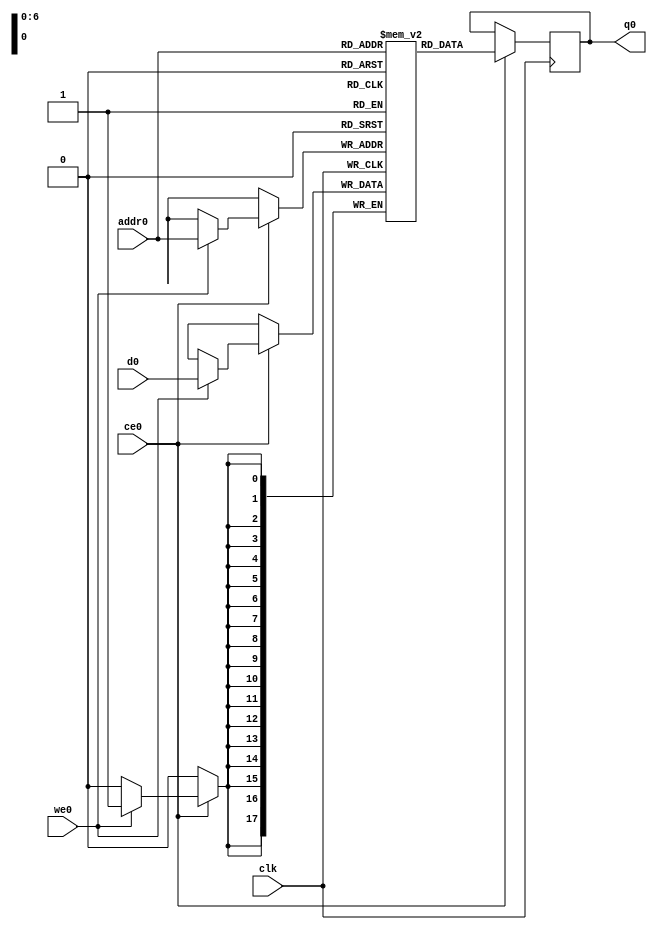
// ==============================================================
// Vivado(TM) HLS - High-Level Synthesis from C, C++ and SystemC v2019.2 (64-bit)
// Copyright 1986-2019 Xilinx, Inc. All Rights Reserved.
// ==============================================================
`timescale 1 ns / 1 ps
module cnnshift_arr_ap_fixed_ap_fixed_18_8_5_3_0_config7_s_tmpinhbi_ram (addr0, ce0, d0, we0, q0,  clk);

parameter DWIDTH = 18;
parameter AWIDTH = 7;
parameter MEM_SIZE = 96;

input[AWIDTH-1:0] addr0;
input ce0;
input[DWIDTH-1:0] d0;
input we0;
output reg[DWIDTH-1:0] q0;
input clk;

(* ram_style = "block" *)reg [DWIDTH-1:0] ram[0:MEM_SIZE-1];




always @(posedge clk)  
begin 
    if (ce0) begin
        if (we0) 
            ram[addr0] <= d0; 
        q0 <= ram[addr0];
    end
end


endmodule

`timescale 1 ns / 1 ps
module cnnshift_arr_ap_fixed_ap_fixed_18_8_5_3_0_config7_s_tmpinhbi(
    reset,
    clk,
    address0,
    ce0,
    we0,
    d0,
    q0);

parameter DataWidth = 32'd18;
parameter AddressRange = 32'd96;
parameter AddressWidth = 32'd7;
input reset;
input clk;
input[AddressWidth - 1:0] address0;
input ce0;
input we0;
input[DataWidth - 1:0] d0;
output[DataWidth - 1:0] q0;



cnnshift_arr_ap_fixed_ap_fixed_18_8_5_3_0_config7_s_tmpinhbi_ram cnnshift_arr_ap_fixed_ap_fixed_18_8_5_3_0_config7_s_tmpinhbi_ram_U(
    .clk( clk ),
    .addr0( address0 ),
    .ce0( ce0 ),
    .we0( we0 ),
    .d0( d0 ),
    .q0( q0 ));

endmodule